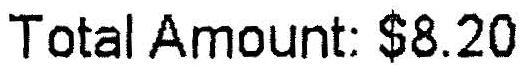
TOTAL AMOUNT: $8.20